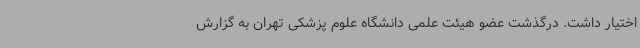
اختیار داشت. درگذشت عضو هیئت علمی دانشگاه علوم پزشکی تهران به گزارش